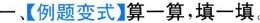
一、【例题变式】算一算，填一填。